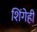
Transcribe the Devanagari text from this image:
शिंगेही